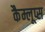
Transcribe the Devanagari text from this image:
कैम्लूप्स